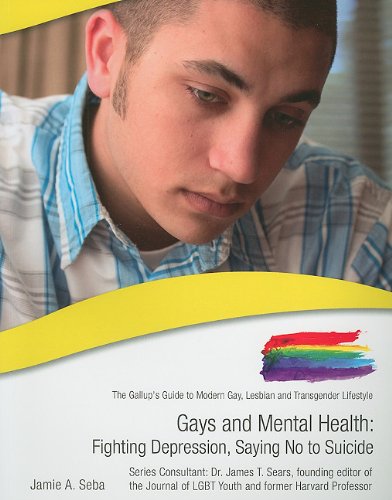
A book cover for Gays and Mental Health: Fighting Depression, Saying No to Suicide (Gallup's Guide to Modern Gay, Lesbian and Transgender Lifestyle); Jaime A. Seba; Teen & Young Adult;